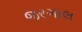
જરગાલ